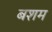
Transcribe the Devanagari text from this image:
बशम